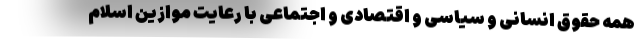
همه حقوق انسانی و سیاسی و اقتصادی و اجتماعی با رعایت موازین اسلام